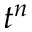
t ^ { n }